Annual report of the Punjab Veterinary College and of the Civil Veterinary Department, Punjab - 1926-1932
Year: 1926
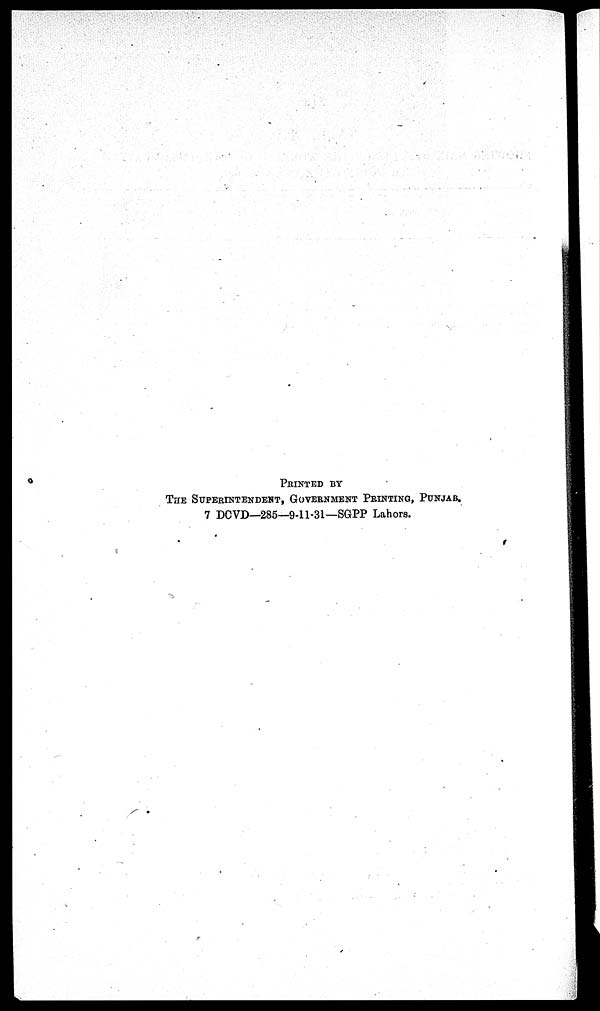
PRINTED
BY
THE
SUPERINTENDENT, GOVERNMENT PRINTING, PUNJAB.
7 DCVD—285—9-11-31—SGPP Lahors.